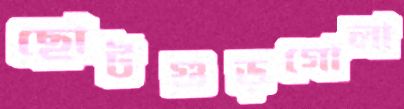
ছোটগুড়গোলা